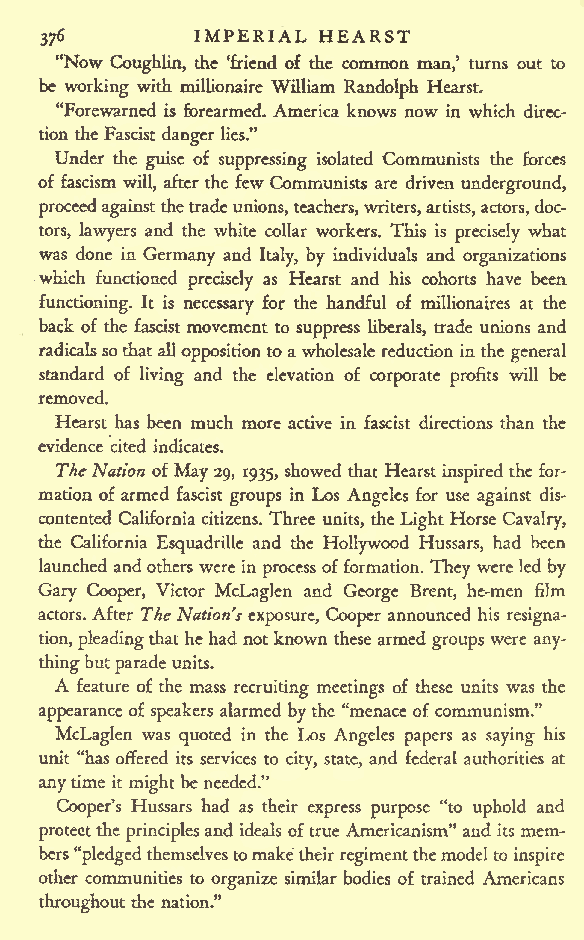
IMPERIAL HEARST
 37^
 "Now Coughlin, the 'friend of the common man,' turns out to
 be working with millionaire William Randolph Hearst.
 "Forewarned is forearmed. America knows now in which direc-
 tiontheFascist danger lies."
 Under the guise of suppressing isolated Communists the forces
 of fascism will, after the few Communists are driven underground,
 proceedagainstthetradeunions, teachers,writers,artists,actors, doc-
 tors, lawyers and the white collar workers. This is precisely what
 was done in Germany and Italy, by individuals and organizations
 which functioned precisely as Hearst and his cohorts have been
 functioning. It is necessary for the handful of millionaires at the
 back of the fascist movement to suppress liberals, trade unions and
 radicalssothatalloppositiontoawholesale reduction inthe general
 standard of living and the elevation of corporate profits will be
 removed.
 Hearst has been much more active in fascist directions than the
 evidence cited indicates.
 TheNation of May 29, 1935, showed that Hearst inspired the for-
 mation of armed fascist groups in Los Angeles for use against dis-
 contented Californiacitizens. Three units, theLight Horse Cavalry,
 the California Esquadrille and the Hollywood Hussars, had been
 launched andothers werein process offormation. They were led by
 Gary Cooper, Victor McLaglen and George Brent, he-men film
 actors. After TheNation'sexposure, Cooper announced his resigna-
 tion, pleadingthathehad not known these armed groups were any-
 thingbutparade units.
 A
 feature of the mass recruiting meetings of these units was the
 appearanceof speakers alarmed by the "menace of communism."
 McLaglen was quoted in the Los Angeles papers as saying his
 unit "has offered its services to city, state, and federal authorities at
 anytime it might be needed."
 Cooper's Hussars had as their express purpose "to uphold and
 protectthe principlesand ideals oftrue Americanism" and its mem-
 bers"pledgedthemselvestomaketheirregimentthemodelto
 inspire
 other communities to organize similar bodies of trained Americans
 throughout the nation."